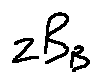
z B _ { B }